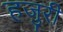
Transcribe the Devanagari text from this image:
हजुरी